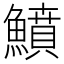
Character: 鱝